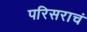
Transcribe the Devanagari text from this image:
परिसराचं